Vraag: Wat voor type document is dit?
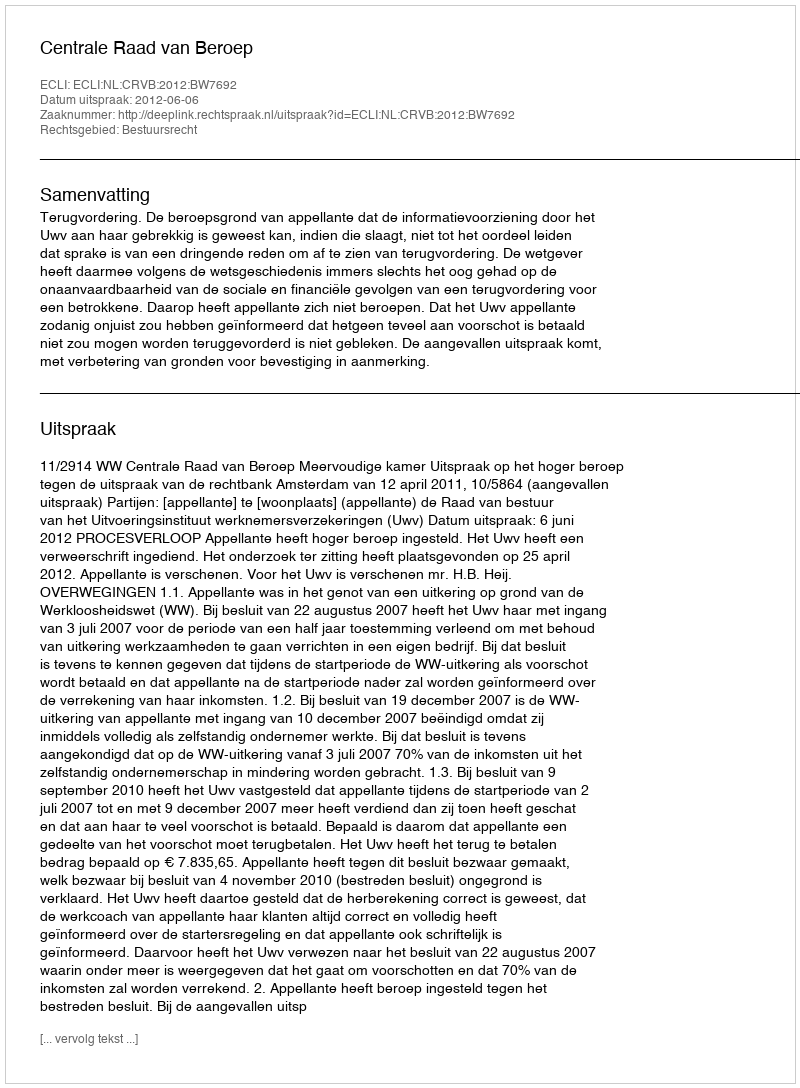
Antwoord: Uitspraak